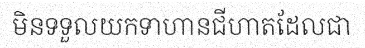
មិនទទួលយកទាហានជីហាតដែលជា